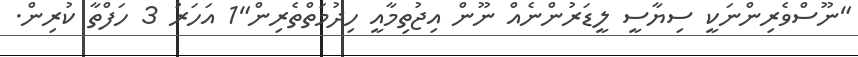
"ނޫސްވެރިންނަކީ ސިޔާސީ ލީޑަރުންނެއް ނޫން އިޖުތިމާއީ ހިދުމަތްތެރިން"1 އަހަރު 3 ހަފްތާ ކުރިން.